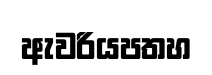
ඇවරියපතහ